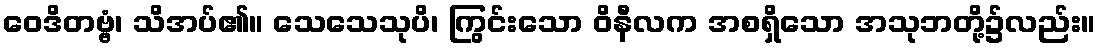
ဝေဒိတဗ္ဗံ၊ သိအပ်၏။ သေသေသုပိ၊ ကြွင်းသော ဝိနီလက အစရှိသော အသုဘတို့၌လည်း။